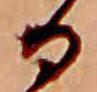
る